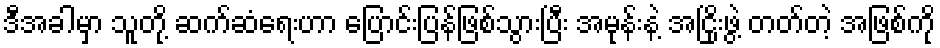
ဒီအခါမှာ သူတို့ ဆက်ဆံရေးဟာ ပြောင်းပြန်ဖြစ်သွားပြီး အမုန်းနဲ့ အငြိုးဖွဲ့ တတ်တဲ့ အဖြစ်ကို